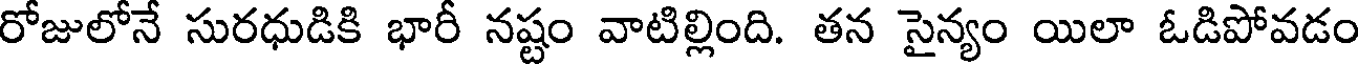
రోజులోనే సురధుడికి భారీ నష్టం వాటిల్లింది. తన సైన్యం యిలా ఓడిపోవడం